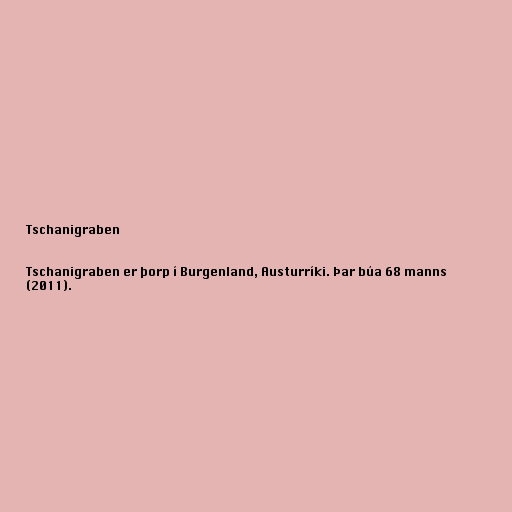
Tschanigraben

Tschanigraben er þorp í Burgenland, Austurríki. Þar búa 68 manns
(2011).